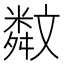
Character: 𣁣